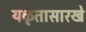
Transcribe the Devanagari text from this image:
यकृतासारखे